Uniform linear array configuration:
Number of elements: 32
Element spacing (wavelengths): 0.25
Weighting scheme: binomial
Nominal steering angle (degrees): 60
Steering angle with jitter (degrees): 60.46
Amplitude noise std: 0.05
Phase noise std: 0.05

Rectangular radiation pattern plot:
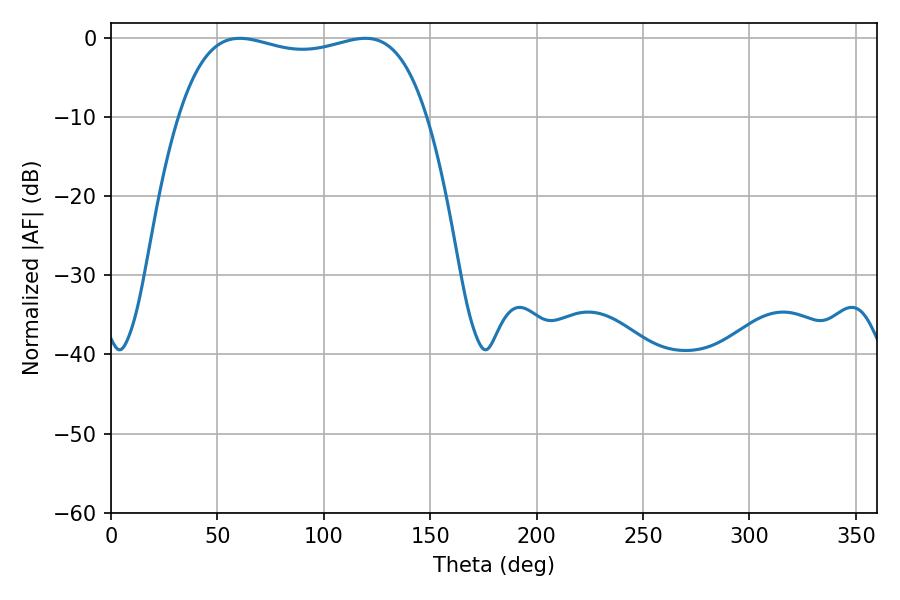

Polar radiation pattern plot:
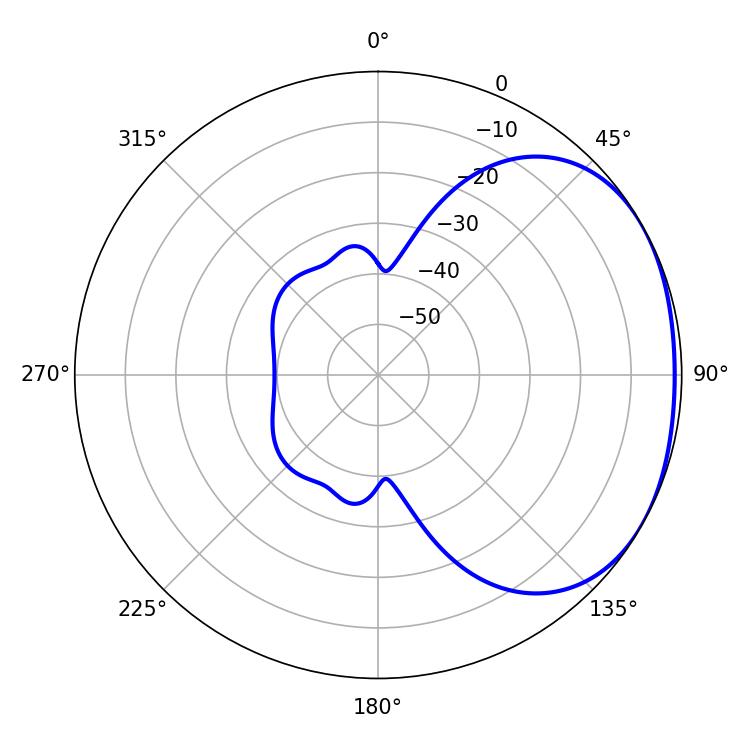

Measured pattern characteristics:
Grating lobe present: FALSE
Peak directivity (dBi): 1.837
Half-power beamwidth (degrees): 94.32
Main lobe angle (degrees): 60.48